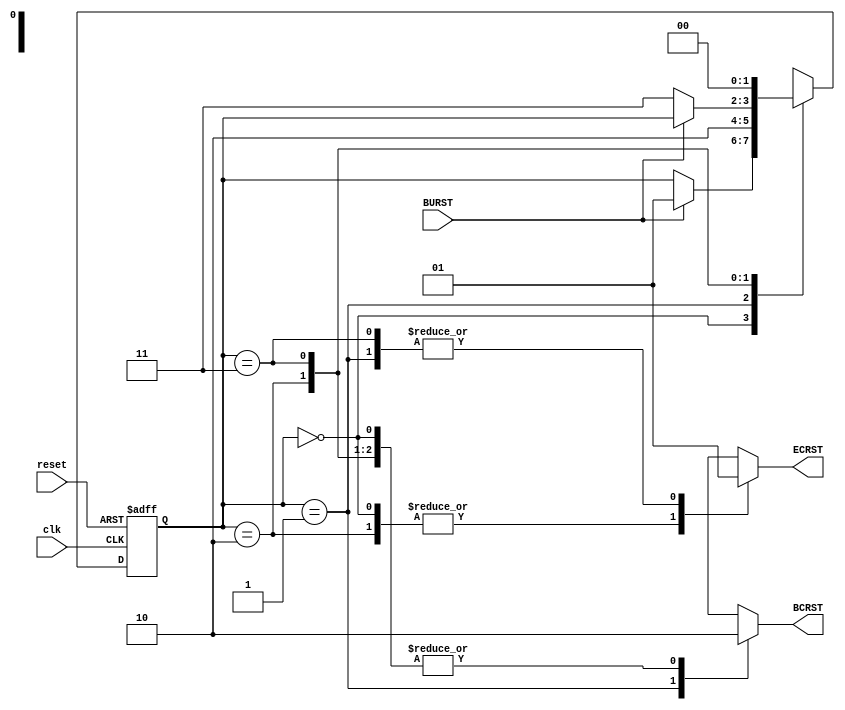
module SOBEOBDispatcher(clk, BURST, reset, ECRST,BCRST);


   input clk, BURST, reset;

   output ECRST,BCRST;


   reg 	  ECRST;
   reg 	  BCRST;

   reg [1:0] state;


   parameter idle=0, sob=1, run=2, eob=3;


   always @(state)
     begin
	case (state)
	  idle:
	    begin
	       ECRST = 1'b0;
	       BCRST = 1'b0;
	    end
	  
	  sob:
	    begin
	       ECRST = 1'b1;
	       BCRST = 1'b1;
	    end
	  

	  run:
	    begin
	       ECRST = 1'b0;
	       BCRST = 1'b0;
	    end

	  eob:
	    begin
	       ECRST = 1'b1;
	       BCRST = 1'b0;
	    end

	  default:
	    begin
	       ECRST = 1'b0;
	       BCRST = 1'b0;
	    end

	endcase // case (state)
     end // always @ (state)

   always @(posedge clk or posedge reset)
     begin
	if (reset)
	  state = idle;

	else
	  case (state)
	    idle:
	      if(BURST)
	      state = sob;

	    sob:
		state = run;

	    run:
	      if(~BURST)
	      state = eob;

	    eob:
	      state = idle;

	  endcase // case (state)
     end // always @ (posedge clk or posedge reset)

endmodule // statem